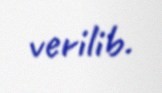
verilib.